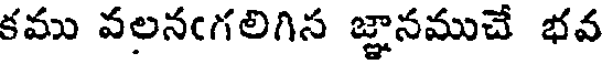
కము వలనఁగలిగిస జ్ఞానముచే భవ